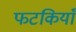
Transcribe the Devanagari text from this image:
फटकियाँ